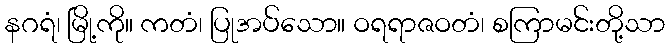
နဂရံ၊ မြို့ကို။ ကတံ၊ ပြုအပ်သော။ ဝရရာဇဝတံ၊ စကြာမင်းတို့သာ